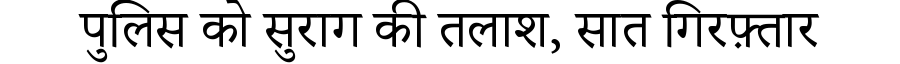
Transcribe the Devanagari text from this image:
पुलिस को सुराग की तलाश, सात गिरफ़्तार